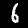
Label: 6